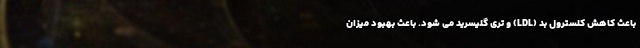
باعث کاهش کلسترول بد (LDL) و تری گلیسرید می شود. باعث بهبود میزان